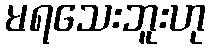
မရသေးဘူးဟု